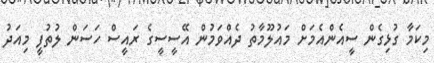
މިކަމާ ގުޅިގެން ސީއެންއެމަށް މައުލޫމާތު ދެއްވަމުން އޭސީސީގެ ރައީސް ހަސަން ލުތުފީ މިއަދު